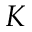
K